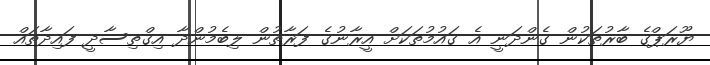
ޔޫރަޕްގެ ބާރުތަކުން ގެންދަނީ އެ ގައުމުތަކަށް އީރާނުގެ ފަރާތުން ލިބެމުންދާ އިގްތިސާދީ ފައިދާތައް